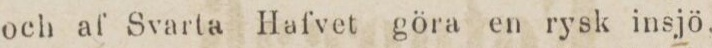
och af Svarta Hafvet göra en rysk insjö.